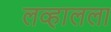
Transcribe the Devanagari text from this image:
लव्हालला